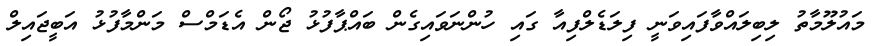
މައުލޫމާތު ލިބިލައްވާފައިވަނީ ފިލަޑެލްފިއާ ގައި ހުންނަވައިގެން ބައްޕާފުޅު ޖޯން އެޑަމްސް މަންމާފުޅު އަބީޖައިލް